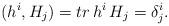
LaTeX: \begin{align*}(h^{i},H_{j})=tr\,h^{i}\,H_{j}=\delta_{j}^{i}.\end{align*}